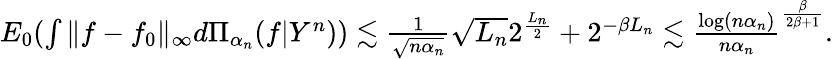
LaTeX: \begin{array}{r}{E_{0}(\int\| f-f_{0}\| _{\infty}d\Pi_{\alpha_{n}}(f|Y^{n}))\lesssim\frac{1}{\sqrt{n\alpha_{n}}}\sqrt{L_{n}}2^{\frac{L_{n}}{2}}+2^{-\beta L_{n}}\lesssim\frac{\log(n\alpha_{n})}{n\alpha_{n}}^{\frac{\beta}{2\beta+1}}.}\end{array}